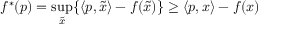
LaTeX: f ^ { * } ( p ) = \operatorname* { s u p } _ { \tilde { x } } \{ \langle p , { \tilde { x } } \rangle - f ( { \tilde { x } } ) \} \geq \langle p , x \rangle - f ( x )